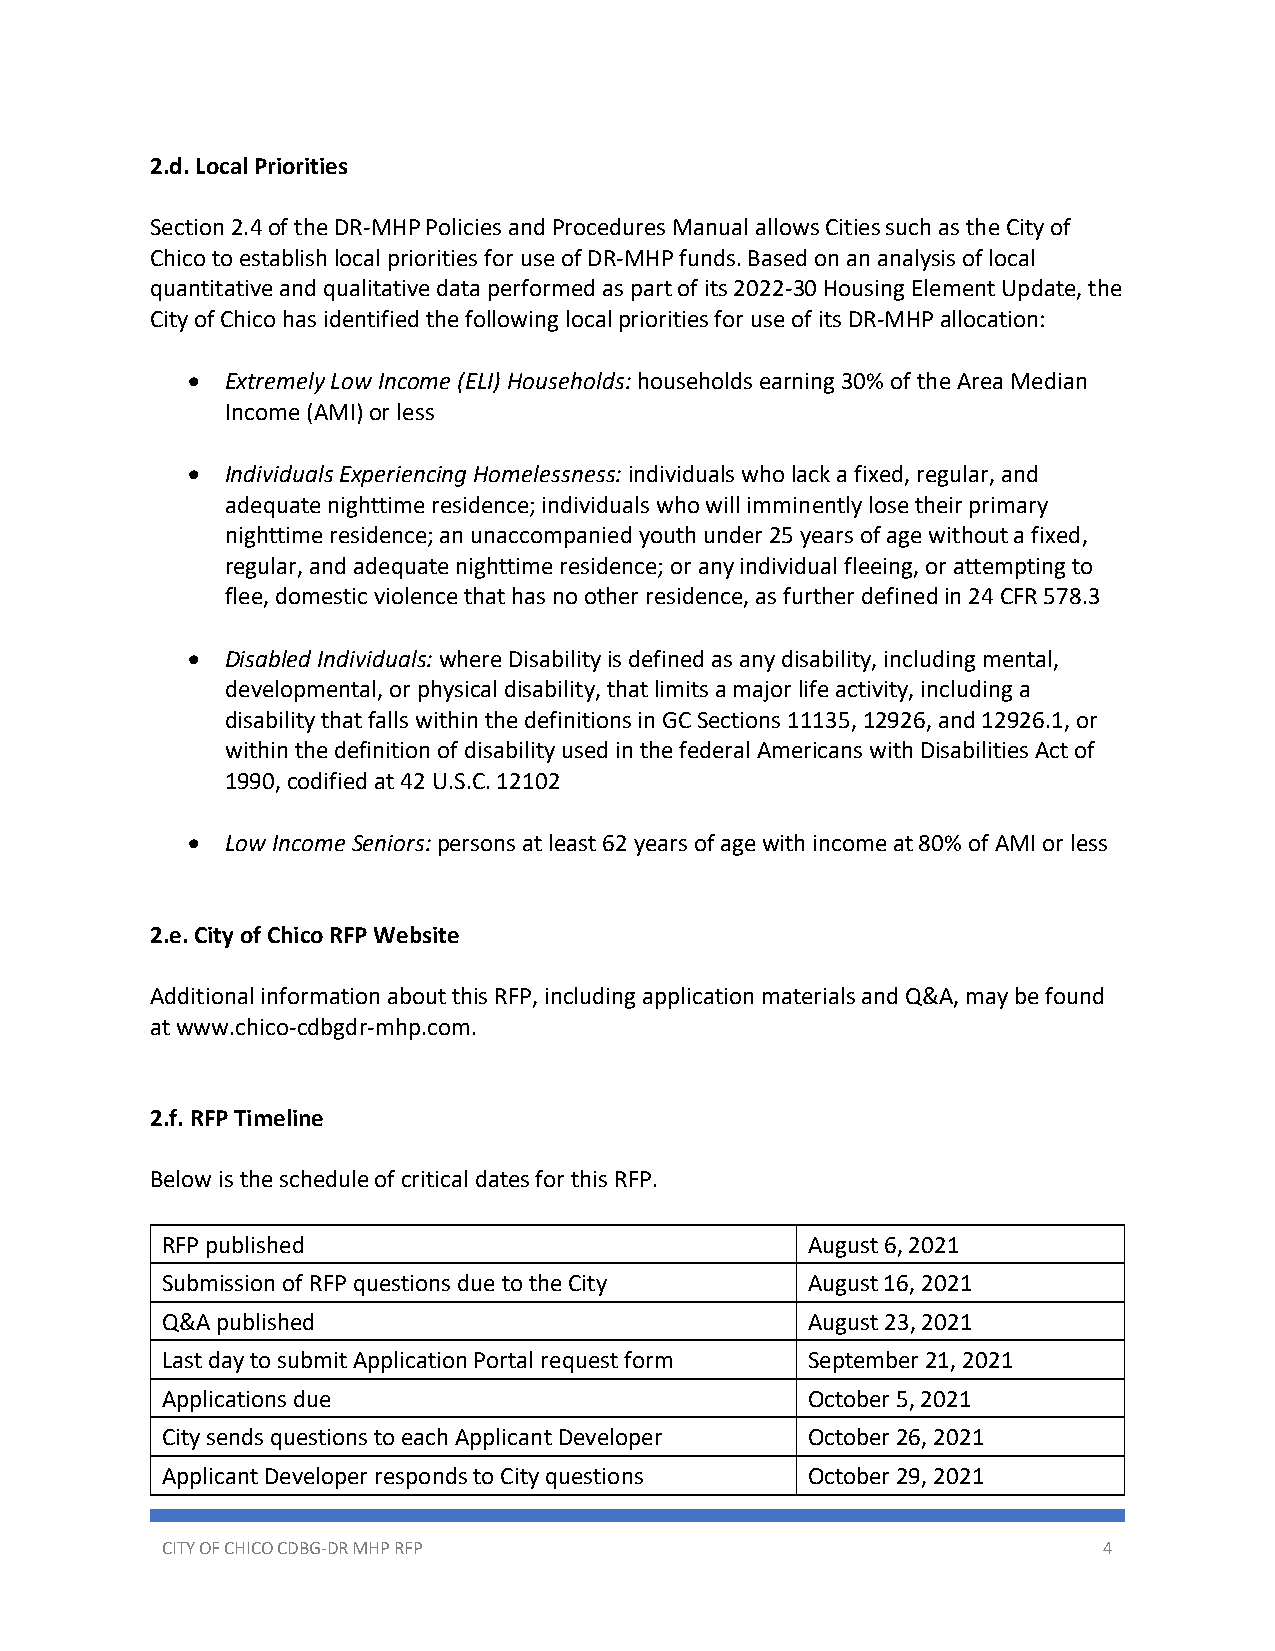
2.d. Local Priorities
 Section 2.4 of the DR-MHP Policies and Procedures Manual allows Cities such as the City of
 Chico to establish local priorities for use of DR-MHP funds. Based on an analysis of local
 quantitative and qualitative data performed as part of its 2022-30 Housing Element Update, the
 City of Chico has identified the following local priorities for use of its DR-MHP allocation:
 •  Extremely Low Income (ELI) Households: households earning 30% of the Area Median
 Income (AMI) or less
 •  Individuals Experiencing Homelessness: individuals who lack a fixed, regular, and
 adequate nighttime residence; individuals who will imminently lose their primary
 nighttime residence; an unaccompanied youth under 25 years of age without a fixed,
 regular, and adequate nighttime residence; or any individual fleeing, or attempting to
 flee, domestic violence that has no other residence, as further defined in 24 CFR 578.3
 •  Disabled Individuals: where Disability is defined as any disability, including mental,
 developmental, or physical disability, that limits a major life activity, including a
 disability that falls within the definitions in GC Sections 11135, 12926, and 12926.1, or
 within the definition of disability used in the federal Americans with Disabilities Act of
 1990, codified at 42 U.S.C. 12102
 •  Low Income Seniors: persons at least 62 years of age with income at 80% of AMI or less
 2.e. City of Chico RFP Website
 Additional information about this RFP, including application materials and Q&A, may be found
 at www.chico-cdbgdr-mhp.com.
 2.f. RFP Timeline
 Below is the schedule of critical dates for this RFP.
 RFP published                             August 6, 2021
 Submission of RFP questions due to the City August 16, 2021
 Q&A published                             August 23, 2021
 Last day to submit Application Portal request form September 21, 2021
 Applications due                          October 5, 2021
 City sends questions to each Applicant Developer October 26, 2021
 Applicant Developer responds to City questions October 29, 2021
 CITY OF CHICO CDBG-DR MHP RFP                                 4